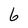
Character: 6